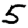
Digit: 5